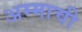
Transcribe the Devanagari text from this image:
अम्माची